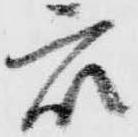
衆